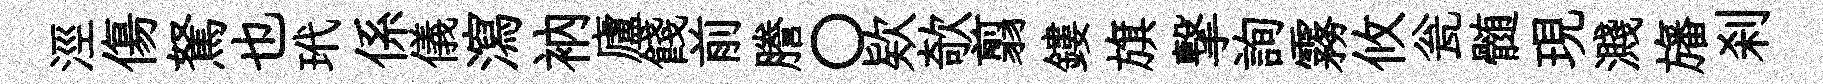
涇傷駑也玳係儀瀉衲廬餞前謄〇欵欹翦鏤旗撃詢霧攸瓮髄現濺旛刹